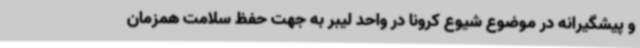
و پیشگیرانه در موضوع شیوع کرونا در واحد لیبر به جهت حفظ سلامت همزمان